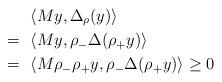
LaTeX: \begin{align*}&\langle M y, \Delta_{\rho}(y) \rangle \\=~& \langle M y, \rho_- \Delta (\rho_+ y) \rangle \\=~& \langle M \rho_- \rho_+ y, \rho_- \Delta (\rho_+ y) \rangle \geq 0 \end{align*}